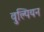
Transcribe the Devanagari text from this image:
वुल्पियन